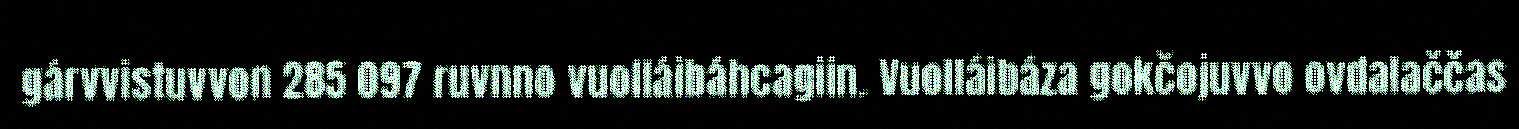
gárvvistuvvon 285 097 ruvnno vuolláibáhcagiin. Vuolláibáza gokčojuvvo ovdalaččas